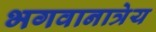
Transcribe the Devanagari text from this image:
भगवानात्रेय